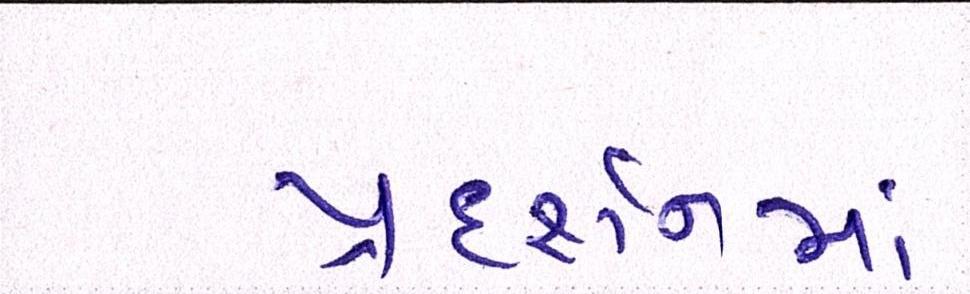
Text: પ્રદર્શનમાં